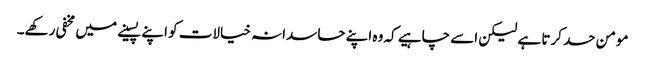
مومن حسد کرتا ہے لیکن اسے چاہیے کہ وہ اپنے حاسدانہ خیالات کو اپنے پسینے میں مخفی رکھے۔